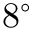
8 ^ { \circ }